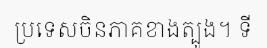
ប្រទេសចិនភាគខាងត្បូង។ ទី